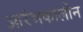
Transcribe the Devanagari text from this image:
आरंभकालीन